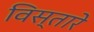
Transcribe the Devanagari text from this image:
विस्तारे